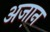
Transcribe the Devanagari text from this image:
अजा़न